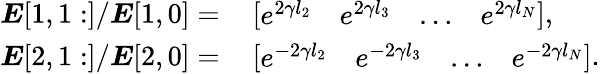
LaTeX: \begin{array}{rl}{\boldsymbol{E}[1,1:]/\boldsymbol{E}[1,0]=}&{{}\left[\begin{array}{llll}{e^{2\gamma l_{2}}}&{e^{2\gamma l_{3}}}&{\ldots}&{e^{2\gamma l_{N}}}\end{array}\right],}\\ {\boldsymbol{E}[2,1:]/\boldsymbol{E}[2,0]=}&{{}\left[\begin{array}{llll}{e^{-2\gamma l_{2}}}&{e^{-2\gamma l_{3}}}&{\ldots}&{e^{-2\gamma l_{N}}}\end{array}\right].}\end{array}